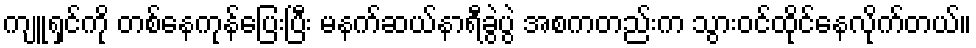
ကျူရှင်ကို တစ်နေကုန်ပြေးပြီး မနက်ဆယ်နာရီခွဲပွဲ အစကတည်းက သွားဝင်ထိုင်နေလိုက်တယ်။